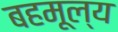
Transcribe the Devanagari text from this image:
बहमूल्य